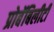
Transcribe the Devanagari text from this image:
प्रोबॅबिलीटी